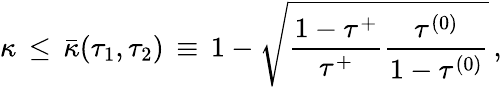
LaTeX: \kappa\, \leq\, \bar{\kappa}(\tau_{1},\tau_{2})\, \equiv\, 1-\sqrt{\frac{1-\tau^{+}}{\tau^{+}}\frac{\tau^{(0)}}{1-\tau^{(0)}}}\, ,